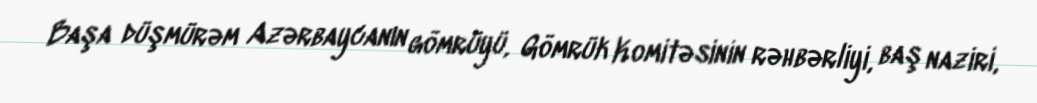
Başa düşmürəm Azərbaycanın gömrüyü, Gömrük Komitəsinin rəhbərliyi, baş naziri,